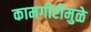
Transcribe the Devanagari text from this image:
कामगीरीमुळे